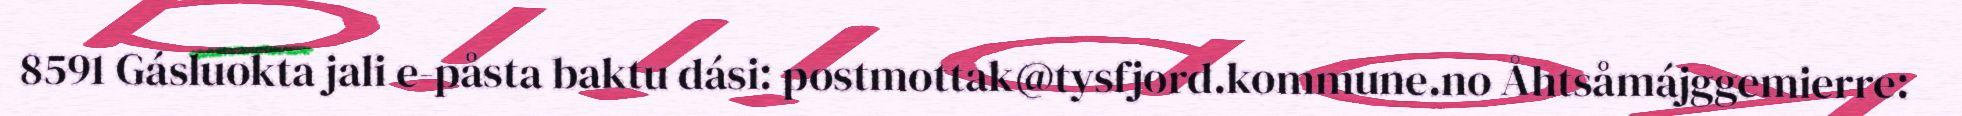
8591 Gásluokta jali e-påsta baktu dási: postmottak@tysfjord.kommune.no Åhtsåmájggemierre: